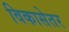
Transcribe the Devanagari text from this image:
विकासेतर